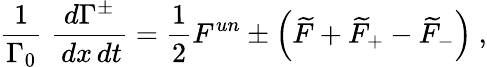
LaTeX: {\frac{1}{\Gamma_{0}}}\; {\frac{d\Gamma^{\pm}}{\, dx\, dt}}={\frac{1}{2}}F^{un}\pm\left(\widetilde{F}+\widetilde{F}_{+}-\widetilde{F}_{-}\right)\ ,